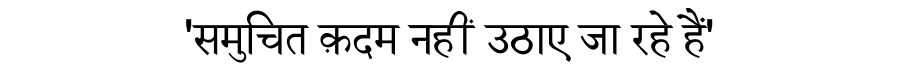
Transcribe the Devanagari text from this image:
'समुचित क़दम नहीं उठाए जा रहे हैं'